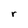
Character: r